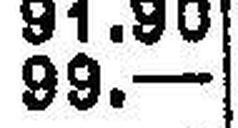
99.—